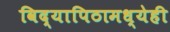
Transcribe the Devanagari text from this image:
विद्यापिठामध्येही